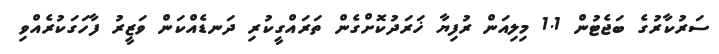
ސަރުކާރުގެ ބަޖެޓުން 1.1 މިލިއަން ރުފިޔާ ޚަރަދުކޮށްގެން ތަރައްގީކުރި ދަނޑެއްކަން ވަޒީރު ފާހަގަކުރެއްވި